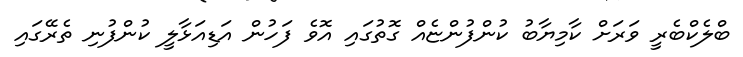
ބްލެކްބެރީ ވަރަށް ކާމިޔާބު ކުންފުންޏެއް ގޮތުގައި އޮވެ ފަހުން އަޑިއަޅާލީ ކުންފުނި ތެރޭގައި